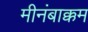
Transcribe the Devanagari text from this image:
मीनंबाक्कम